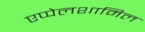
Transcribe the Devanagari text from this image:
एप्पेलशामिल